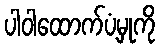
ပါဝါထောက်ပံ့မှုကို